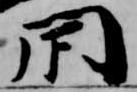
閇